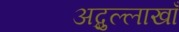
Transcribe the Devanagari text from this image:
अब्दुल्लाखाँ